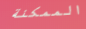
الممكنة